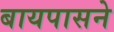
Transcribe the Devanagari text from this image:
बायपासने